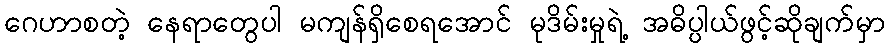
ဂေဟာစတဲ့ နေရာတွေပါ မကျန်ရှိစေရအောင် မုဒိမ်းမှုရဲ့ အဓိပ္ပါယ်ဖွင့်ဆိုချက်မှာ